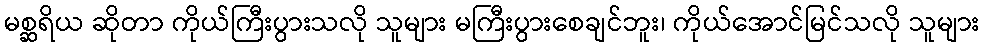
မစ္ဆရိယ ဆိုတာ ကိုယ်ကြီးပွားသလို သူများ မကြီးပွားစေချင်ဘူး၊ ကိုယ်အောင်မြင်သလို သူများ